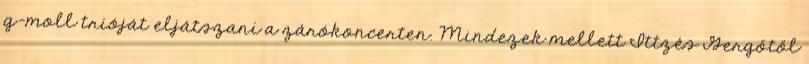
g-moll trióját eljátszani a zárókoncerten. Mindezek mellett Ittzés Gergőtől